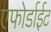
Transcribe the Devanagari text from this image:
एफोर्डाईट